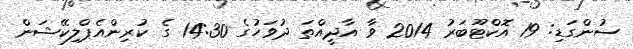
ސުންގަޑި: 19 އޮކްޓޫބަރު 2014 ވާ އާދީއްތަ ދުވަހުގެ 14:30 ގެ ކުރިންއެޕްލިކޭޝަން